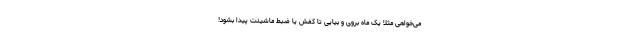
می‌خواهی مثلا یک ماه بروی و بیایی تا کفش یا ضبط ماشینت پیدا بشود!